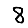
Digit: 8